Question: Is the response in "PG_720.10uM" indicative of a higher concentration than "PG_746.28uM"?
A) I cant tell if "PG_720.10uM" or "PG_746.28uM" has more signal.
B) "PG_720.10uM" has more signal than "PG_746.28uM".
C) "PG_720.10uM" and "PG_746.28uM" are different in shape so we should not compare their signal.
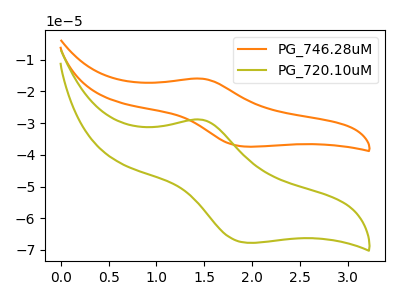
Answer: <think>The orange curve "PG_746.28uM" has an anodic peak at (1.45V, -16.00uA) and a cathodic peak at (1.95V, -37.45uA). The olive curve "PG_720.10uM" has an anodic peak at (1.45V, -28.90uA) and a cathodic peak at (1.95V, -67.75uA).
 All the peaks in "PG_720.10uM" have a peak in "PG_746.28uM" at the same potential.</think>
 <answer>A) I cant tell if "PG_720.10uM" or "PG_746.28uM" has more signal.</answer>
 <eval>A</eval>